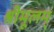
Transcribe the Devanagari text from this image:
श्रीमूलम्